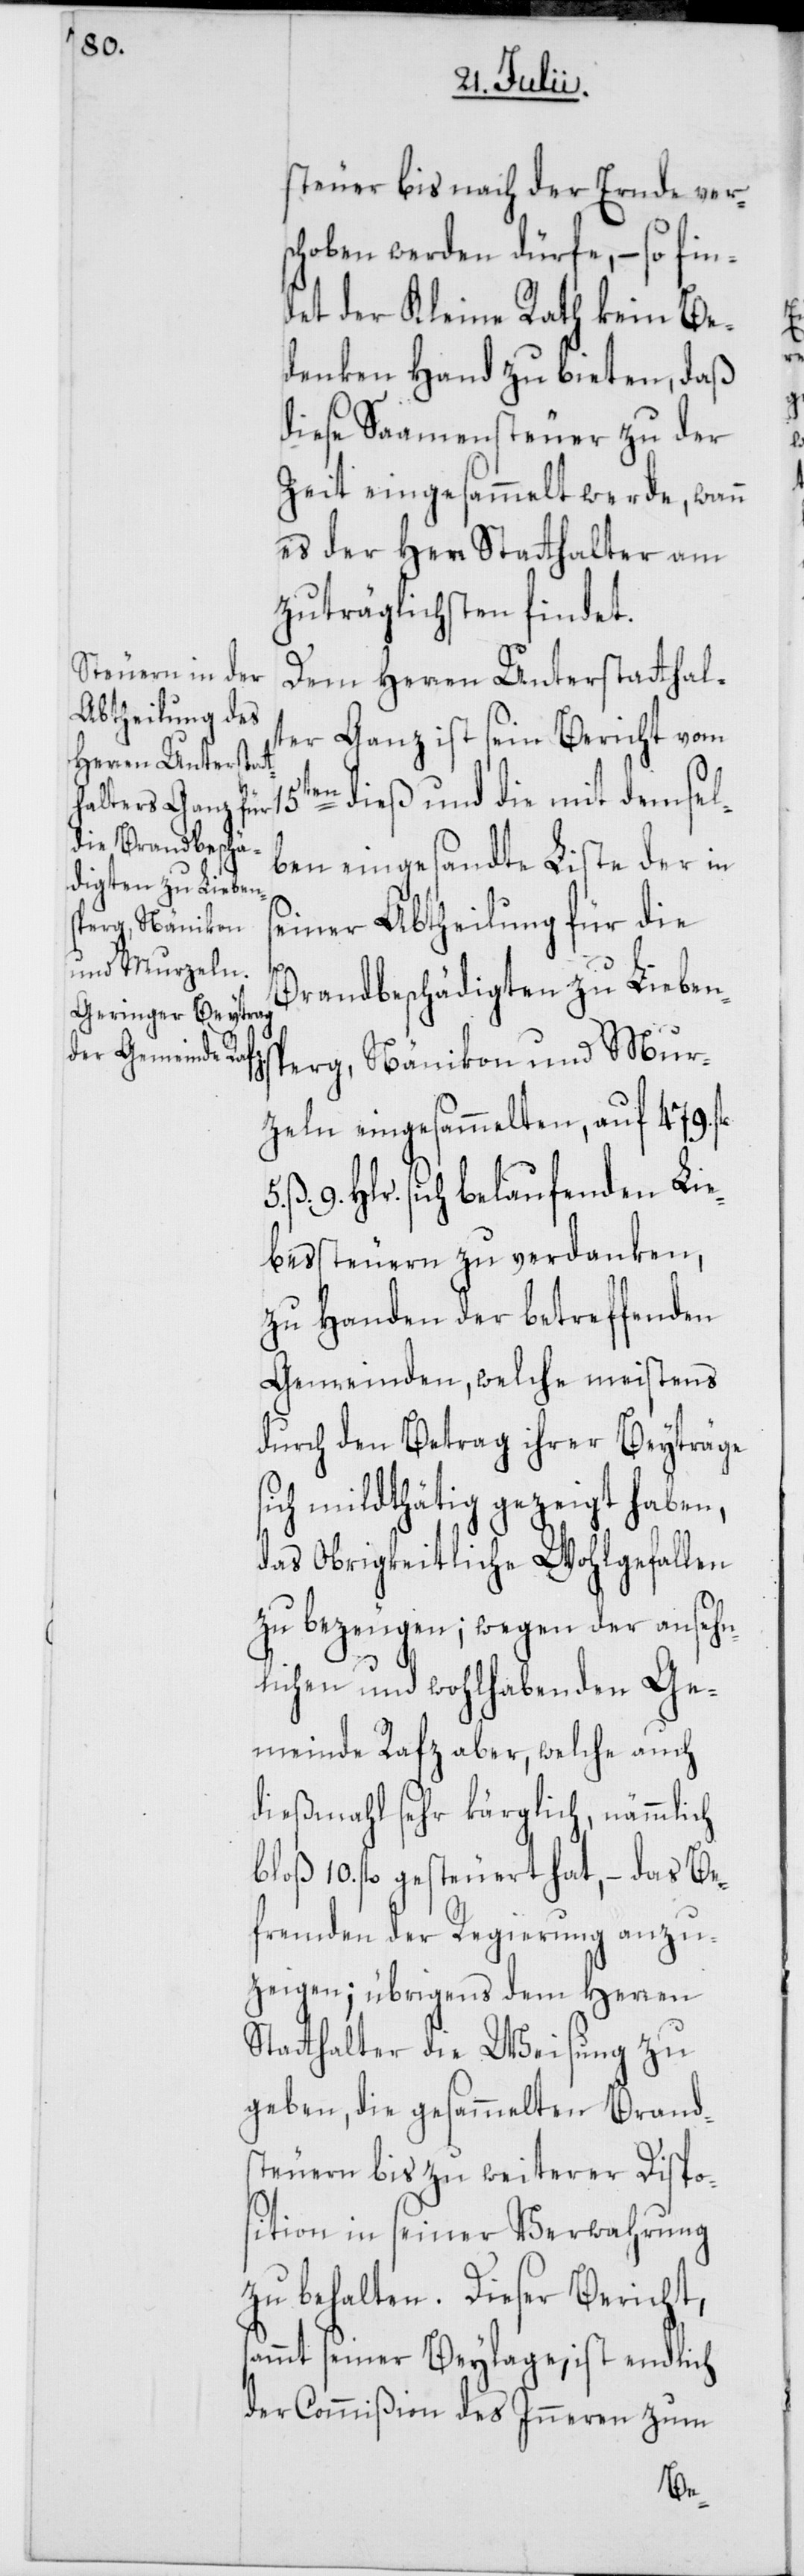
steuer bis nach der Ernde vers¬
choben werden dürfe, – so fin¬
det der Kleine Rath kein Be¬
denken Hand zu bieten, daß
diese Saamensteuer zu der
Zeit eingesammelt werde, wann
es der Herr Statthalter am
zuträglichsten findet.
Dem Herren Unterstatthal¬
ter Ganz ist sein Bericht vom
en dieß und die mit demsel¬
ben eingesandte Liste der in
einer Abtheilung für die
s¬
Brandbeschädigten zu Lieben¬
sperg, Nänikon und Mur¬
zeln eingesammelten, auf 479. fl.
ß 9. Hlr. sich belaufenden Lie¬
bessteuern zu verdanken,
zu Handen der betreffenden
Gemeinden, welche meistens
durch den Betrag ihrer Beyträge
ich mildthätig gezeigt haben,
das Obrigkeitliche Wohlgefallen
zu bezeugen; wegen der ansehn¬
lichen und wohlhabenden Ge¬
meinde Rafz aber, welche auch
dießmahl sehr kärglich, nämmlich
bloß 10. fl. gesteuert hat, – das Be¬
fremden der Regierung anzu¬
zeigen; übrigens dem Herren
Statthalter die Weisung zu
geben, die gesammelten Brand¬
steuern bis zu weiterer Dispo¬
sition in seiner Verwahrung
zu behalten. Dieser Bericht,
ammt seiner Beylage, ist endlich
der Commißion des Inneren zum